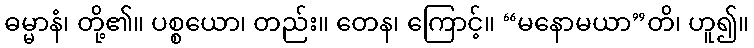
ဓမ္မာနံ၊ တို့၏။ ပစ္စယော၊ တည်း။ တေန၊ ကြောင့်။ “မနောမယာ”တိ၊ ဟူ၍။